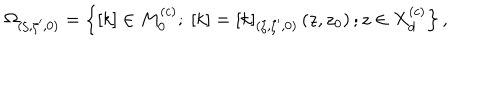
\Omega _ { ( \zeta , \zeta ^ { \prime } , 0 ) } = \left\{ [ k ] \in M _ { 0 } ^ { \left( c \right) } ; \ [ k ] = [ k ] _ { ( \zeta , \zeta ^ { \prime } , 0 ) } \left( z , z _ { 0 } \right) ; z \in X _ { d } ^ { \left( c \right) } \right\} ,